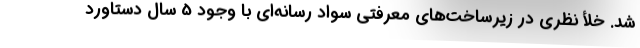
شد. خلأ نظری در زیرساخت‌های معرفتی سواد رسانه‌ای با وجود 5 سال دستاورد